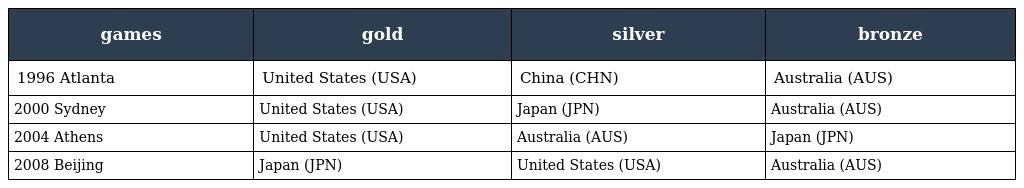
| games | gold | silver | bronze |
 | --- | --- | --- | --- |
 | 1996 Atlanta | United States (USA) | China (CHN) | Australia (AUS) |
 | 2000 Sydney | United States (USA) | Japan (JPN) | Australia (AUS) |
 | 2004 Athens | United States (USA) | Australia (AUS) | Japan (JPN) |
 | 2008 Beijing | Japan (JPN) | United States (USA) | Australia (AUS) |